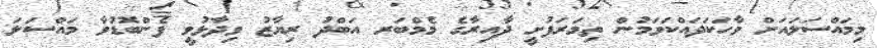
މިމައްސަލައަށް ވާހަކަދައްކަވަމުން ތިމަރަފުށީ ދާއިރާގެ މެމްބަރ އަބްދު ރިޔާޒު ވިދާޅުވީ ފެންބޮޑުވާ މައްސަލަ